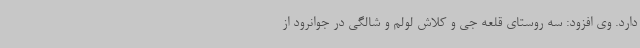
دارد. وی افزود: سه روستای قلعه جی و کلاش لولم و شالگی در جوانرود از